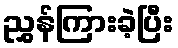
ညွှန်ကြားခဲ့ပြီး